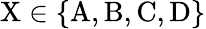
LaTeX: \mathrm{X}\in\lbrace\mathrm{A,B,C,D}\rbrace